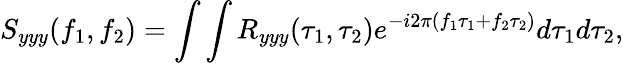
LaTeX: S_{yyy}(f_{1},f_{2})=\int\int R_{yyy}(\tau_{1},\tau_{2})e^{-i2\pi(f_{1}\tau_{1}+f_{2}\tau_{2})}d\tau_{1}d\tau_{2},